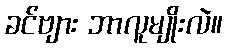
ခင်ဗျား ဘာလူမျိုးလဲ။